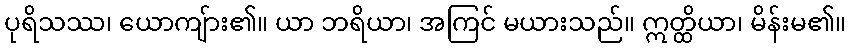
ပုရိသဿ၊ ယောကျ်ား၏။ ယာ ဘရိယာ၊ အကြင် မယားသည်။ ဣတ္ထိယာ၊ မိန်းမ၏။